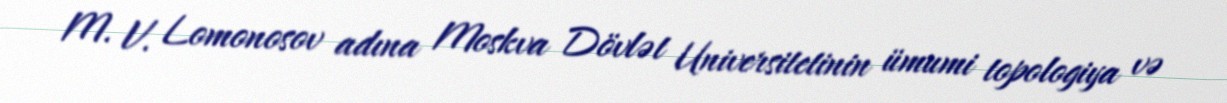
M. V. Lomonosov adına Moskva Dövlət Universitetinin ümumi topologiya və